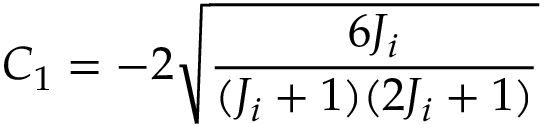
C _ { 1 } = - 2 \sqrt { \frac { 6 J _ { i } } { ( J _ { i } + 1 ) ( 2 J _ { i } + 1 ) } }